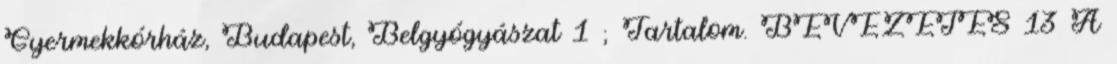
Gyermekkórház, Budapest, Belgyógyászat 1 ; Tartalom. BEVEZETÉS 13 A